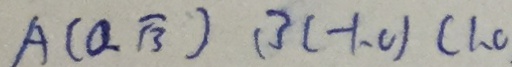
A ( a \sqrt { 3 } ) ( 3 c - 1 , 0 ) ( 1 、 0